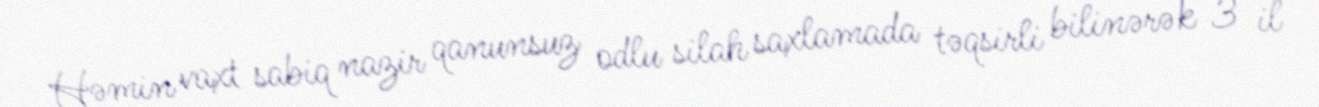
Həmin vaxt sabiq nazir qanunsuz odlu silah saxlamada təqsirli bilinərək 3 il